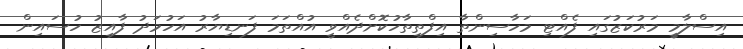
އިސްލާމީ މަރުކަޒުގައި ފެއްޓި މަހާސިންތާ އިފްތިތާހުކޮށްދެއްވީ އުއްތަމަ ފަނޑިޔާރު އަހުމަދު ފާއިޒު ހުސައިން